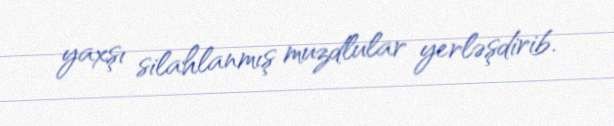
yaxşı silahlanmış muzdlular yerləşdirib.